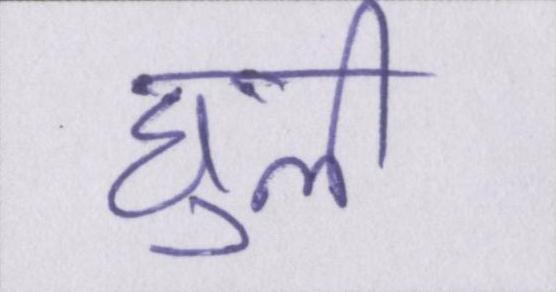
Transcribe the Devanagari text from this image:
घुली